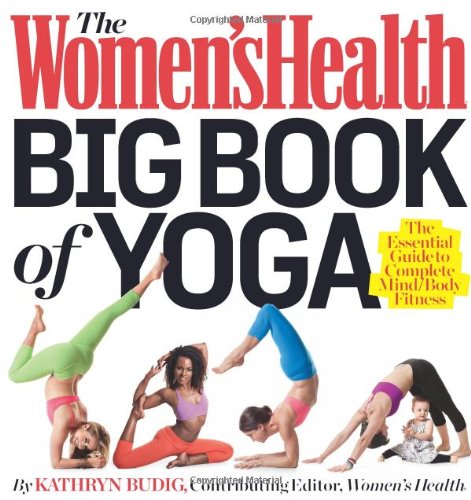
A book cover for The Women's Health Big Book of Yoga: The Essential Guide to Complete Mind/Body Fitness; Kathryn Budig; Health, Fitness & Dieting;